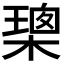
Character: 𭫢